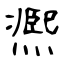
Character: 凞